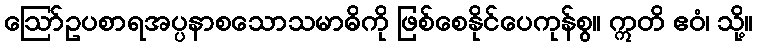
ဩော်ဥပစာရအပ္ပနာစသောသမာဓိကို ဖြစ်စေနိုင်ပေကုန်စွ။ ဣတိ ဧဝံ၊ သို့။